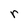
Character: r